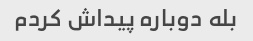
بله دوباره پیداش کردم